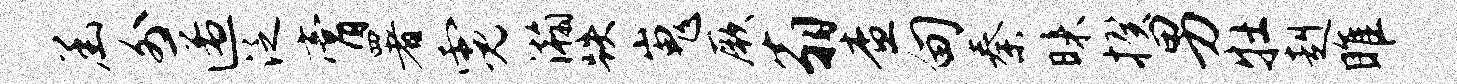
函外匿泛膏署霓瀚跌嵬厥翁查甸秦昧揆男牡赳雎